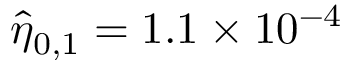
\hat { \eta } _ { 0 , 1 } = 1 . 1 \times 1 0 ^ { - 4 }